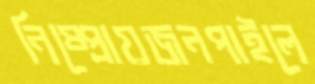
নিষ্প্রোয়জনপাইলে